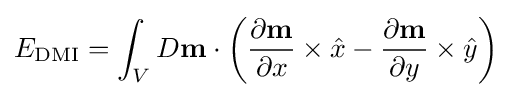
E_{\text{DMI}}=\int _{V}D\mathbf {m} \cdot \left({\frac {\partial \mathbf {m} }{\partial x}}\times {\hat {x}}-{\frac {\partial \mathbf {m} }{\partial y}}\times {\hat {y}}\right)